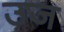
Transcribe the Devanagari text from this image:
उज